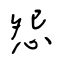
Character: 怨